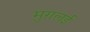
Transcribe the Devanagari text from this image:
मुग़लई